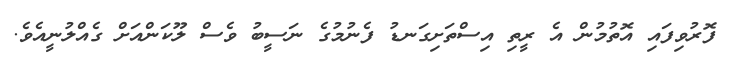
ފޮރުވިފައި އޮތުމުން އެ ރީތި އިސްތަށިގަނޑު ފެނުމުގެ ނަސީބު ވެސް ލޫކަންއަށް ގެއްލުނީއެވެ.